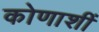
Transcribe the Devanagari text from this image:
कोणाशीं